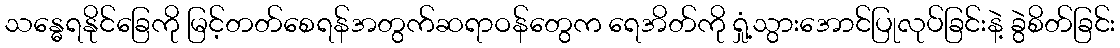
သန္ဓေရနိုင်ခြေကို မြင့်တတ်စေရန်အတွက်ဆရာဝန်တွေက ရေအိတ်ကို ရှုံ့သွားအောင်ပြုလုပ်ခြင်းနဲ့ ခွဲစိတ်ခြင်း